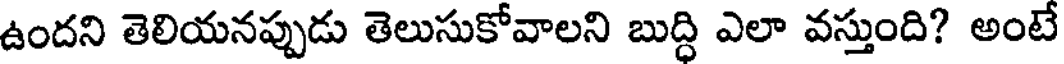
ఉందని తెలియనప్పుడు తెలుసుకోవాలని బుద్ధి ఎలా వస్తుంది? అంటే